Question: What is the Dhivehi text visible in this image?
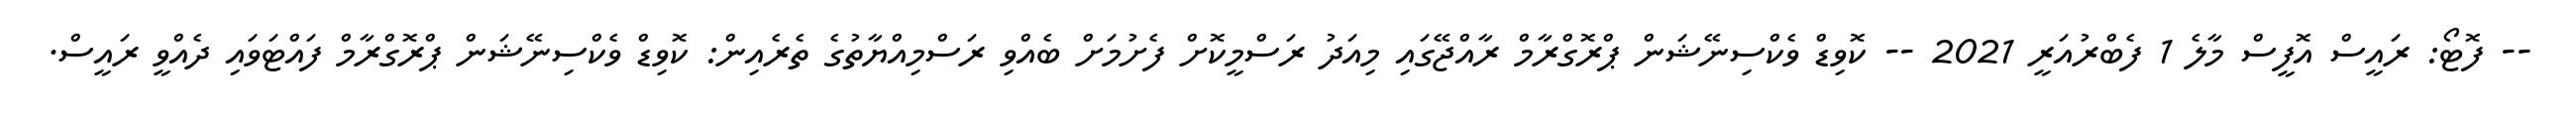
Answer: -- ފޮޓޯ: ރައީސް އޮފީސް މާލެ 1 ފެބްރުއަރީ 2021 -- ކޮވިޑް ވެކްސިނޭޝަން ޕްރޮގްރާމް ރާއްޖޭގައި މިއަދު ރަސްމީކޮށް ފެށުމަށް ބެއްވި ރަސްމިއްޔާތުގެ ތެރެއިން: ކޮވިޑް ވެކްސިނޭޝަން ޕްރޮގްރާމް ފައްޓަވައި ދެއްވީ ރައީސް.